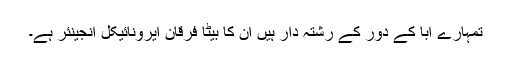
تمہارے ابا کے دور کے رشتہ دار ہیں ان کا بیٹا فرقان ایرونائیکل انجینئر ہے۔